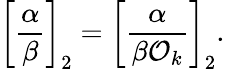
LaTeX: \left[{\frac{\alpha}{\beta}}\right]_{2}=\left[{\frac{\alpha}{\beta{\mathcal{O}}_{k}}}\right]_{2}.